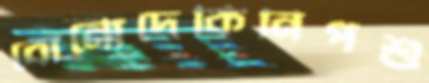
বোর্নোদেকিনিপশু